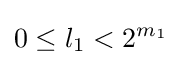
0\leq l_{1}<2^{m_{1}}